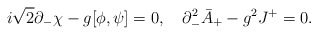
\begin{align*}i\sqrt{2} \partial_{-}\chi- g[\phi,\psi] = 0,\quad\partial_{-}^{2} \bar{A}_{+} - g^2 J^{+} = 0.\end{align*}